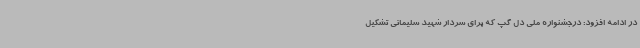
در ادامه افزود: درجشنواره ملی دل گپ که برای سردار شهید سلیمانی تشکیل